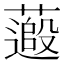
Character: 𫉽